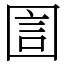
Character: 圁